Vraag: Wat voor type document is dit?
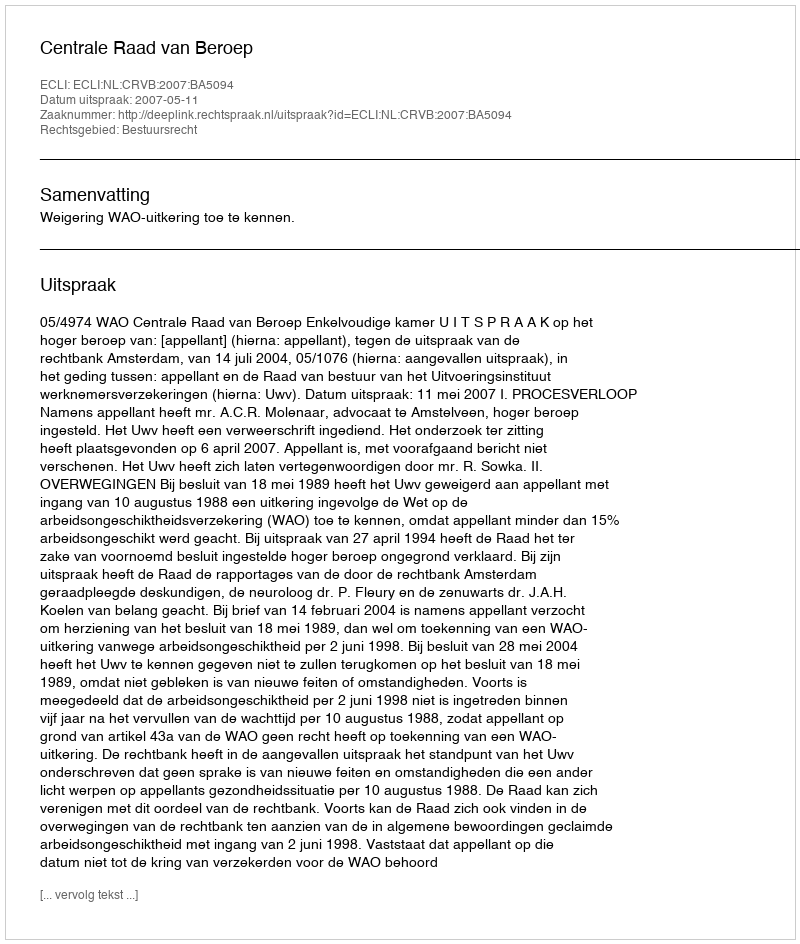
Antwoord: Uitspraak